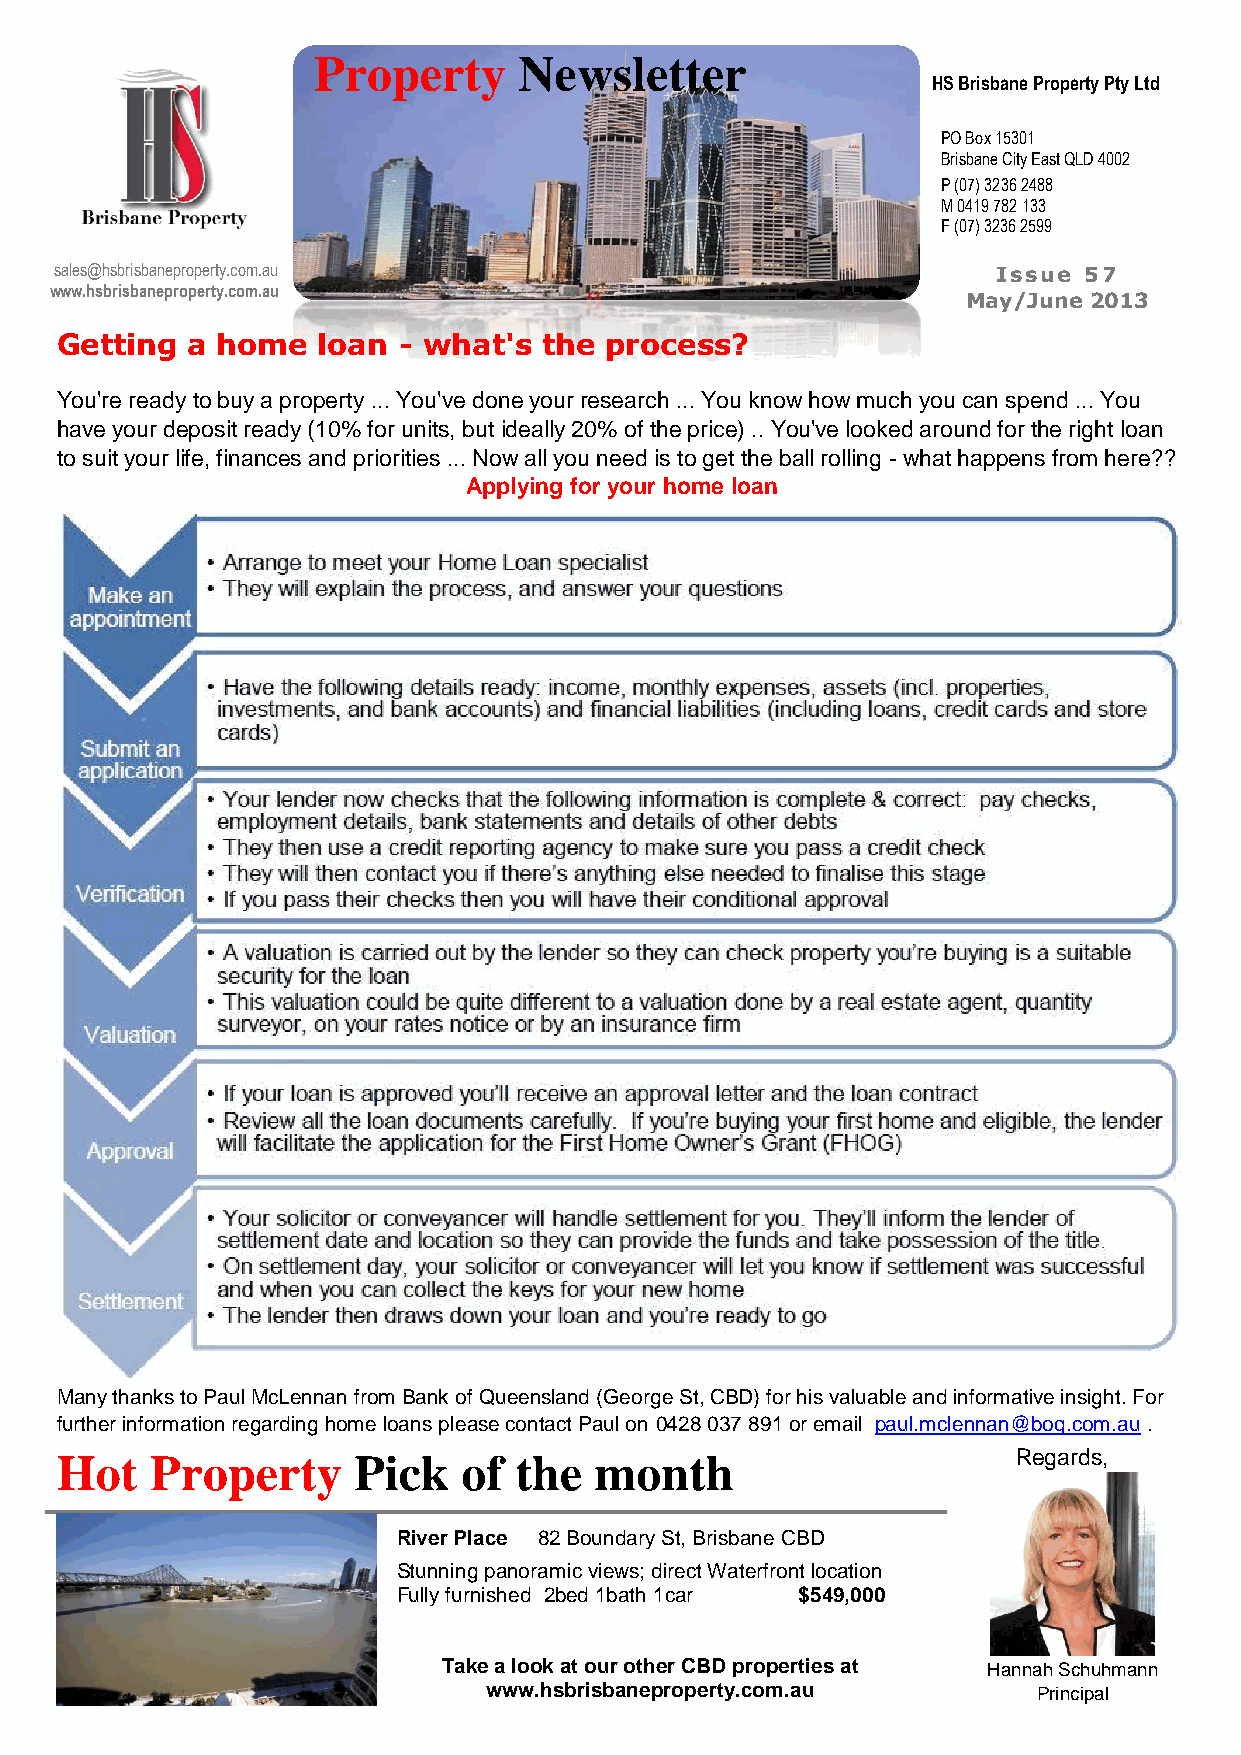
Property     Newsletter
 HS Brisbane Property Pty Ltd
 PO Box 15301
 Brisbane City East QLD 4002
 P (07) 3236 2488
 M 0419 782 133
 F (07) 3236 2599
 sales@hsbrisbaneproperty.com.au                               Issue 57
 www.hsbrisbaneproperty.com.au
 May/June 2013
 Getting a home   loan - what's  the process?
 You're ready to buy a property ... You've done your research ... You know how much you can spend ... You
 have your deposit ready (10% for units, but ideally 20% of the price) .. You've looked around for the right loan
 to suit your life, finances and priorities ... Now all you need is to get the ball rolling - what happens from here??
 Applying for your home loan
 Many thanks to Paul McLennan from Bank of Queensland (George St, CBD) for his valuable and informative insight. For
 further information regarding home loans please contact Paul on 0428 037 891 or email paul.mclennan@boq.com.au .
 Hot   Property     Pick    of the  month                       Regards,
 River Place 82 Boundary St, Brisbane CBD
 Stunning panoramic views; direct Waterfront location
 Fully furnished 2bed 1bath 1car $549,000
 Take a look at our other CBD properties at Hannah Schuhmann
 www.hsbrisbaneproperty.com.au        Principal